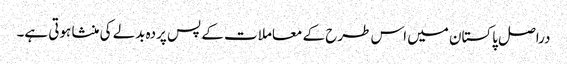
دراصل پاکستان میں اس طرح کے معاملات کے پس پردہ بدلے کی منشا ہوتی ہے۔